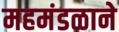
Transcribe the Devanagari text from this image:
महमंडळाने